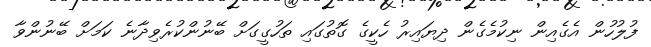
ފުލުހުން އެގެއިން ނިކުމެގެން ދިޔައިރު ހެކީގެ ގޮތުގައި ތަހުގީގަށް ބޭނުންކުރެވިދާނެ ކަމަށް ބޭނުންވާ